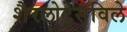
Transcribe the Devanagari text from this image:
शैरलोटेसविले